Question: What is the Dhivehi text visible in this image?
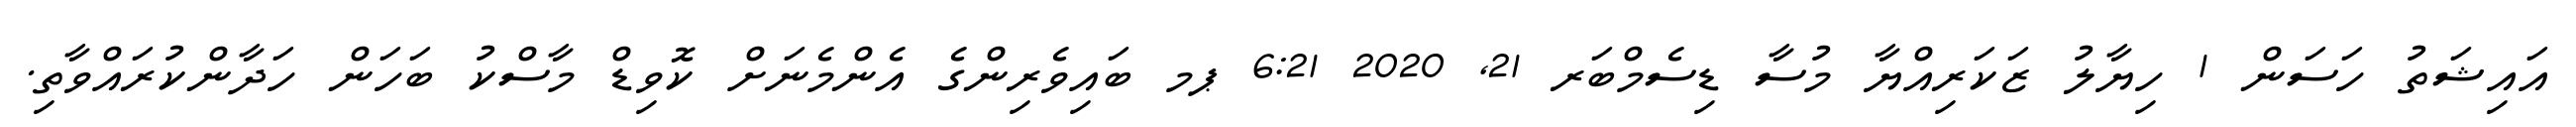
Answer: އައިޝަތު ހަސަން 1 ހިޔާލު ޒަކަރިއްޔާ މުސާ ޑިސެމްބަރ 21, 2020 6:21 ޕމ ބައިވެރިންގެ އެންމެނަށް ކޮވިޑް މާސްކު ބަހަން ހަދާންކުރައްވާތި.